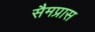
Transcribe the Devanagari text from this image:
सैमप्रास